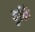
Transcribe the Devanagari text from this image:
चुकिं